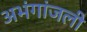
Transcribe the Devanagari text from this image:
अभंगांजली